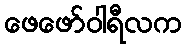
ဖေဖော်ဝါရီလက